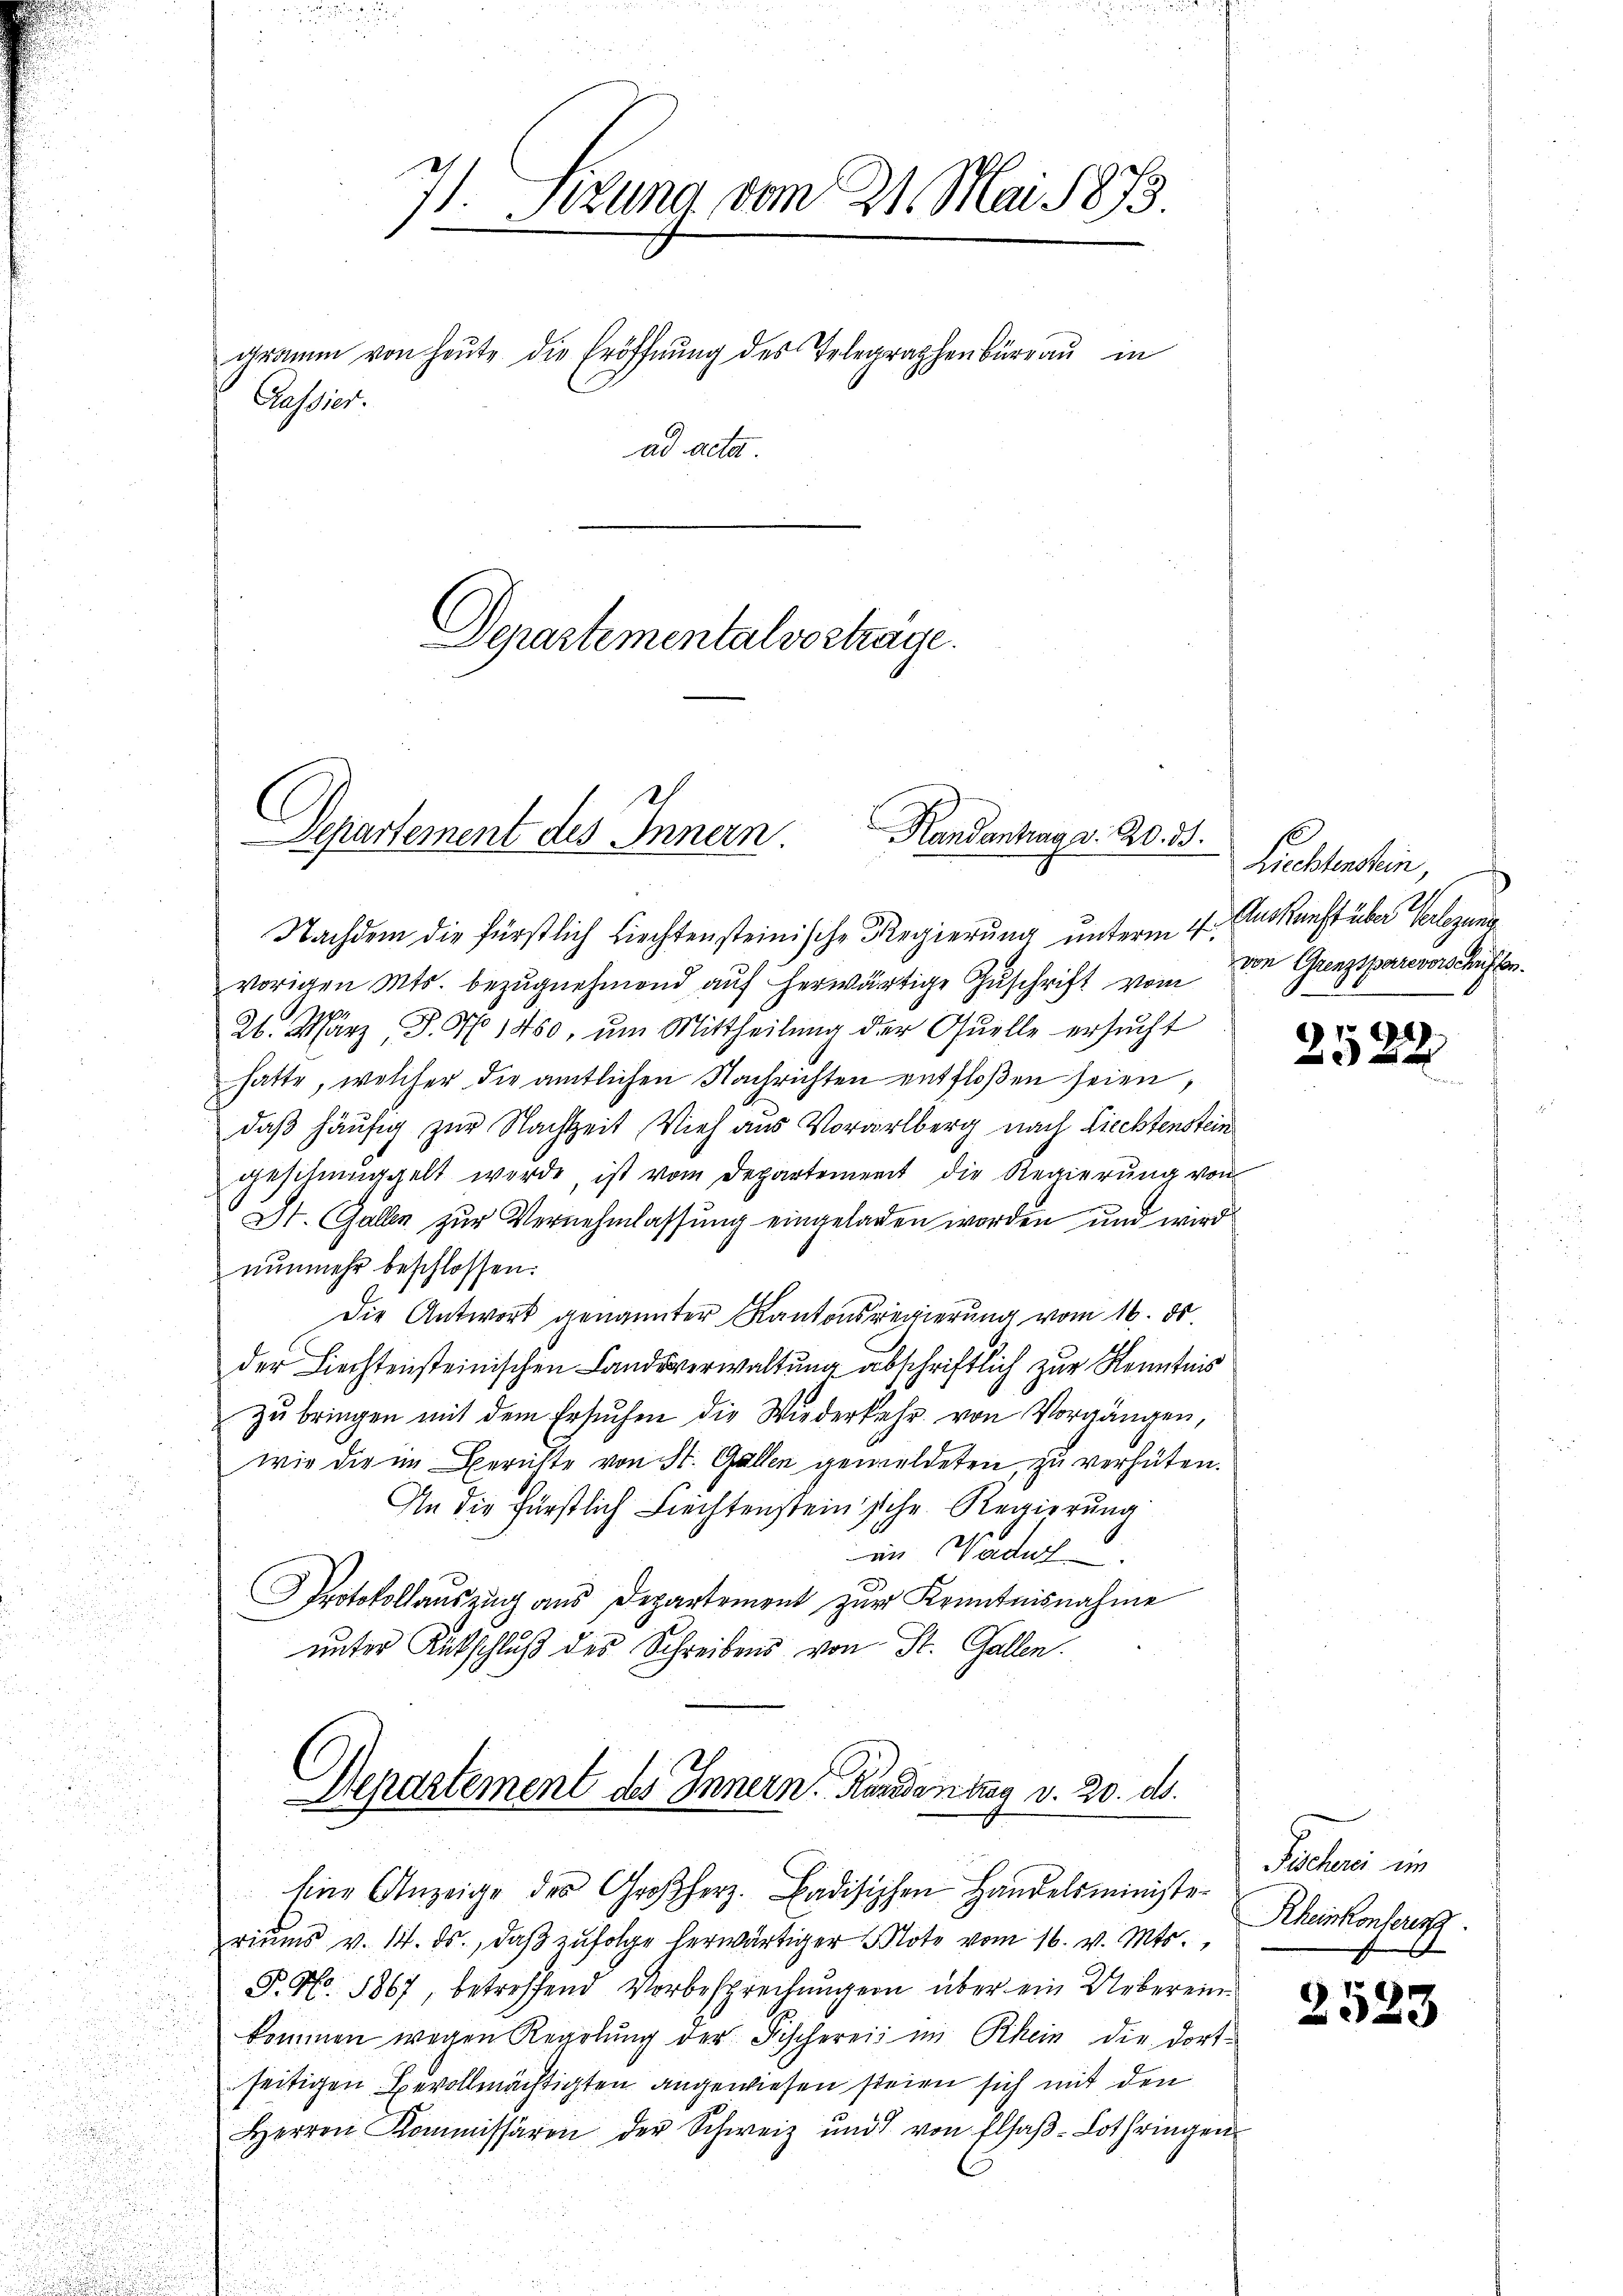
7) Sizung vom 21. Mai 1873
1

gramm von heŭte die Eröffnŭng des Telegraphenbüreaŭ in
Passiert.
ad acta.

Departementalvortrage.

Departement des Innern Randantrag v. 20. 35.

Nachdem die fürstlich liechtensteinische Regierung unterm 4.
vorigen Mts. bezŭgnehmend aŭf herwärtige Zŭschrift vom von Grenzsperrevorschafter.
p
21. März, P. N 1450, um Mittheilung der Quelle ersucht
hatte, welcher die amtlichen Nachrichten entfloßen seien,
daß häufig zur Nachtzeit, Vieh aus Vorarlberg nach Liechtenstein
geschmuggelt werde, ist vom Departement die Regierŭng von
St. Gallen zur Vernehmlassung eingeladen worden und wird
nunmehr beschlossen:
Die Antwort genannter Kantonsregierung vom 16. ds.
der Liechtensteinischen Landsverwaltung abschriftlich zur Kenntnis
zŭbringen mit dem Ersuchen die Wiederkehr von Vorgängen,
wie die im Berichte von St. Gallen gemeldeten, zu verhüten.
An die Fürstlich Liechtensteinsche Regierung
in Wadut
Protokollauszug aus Departement zur Kenntnisnahme
unter Rutschluß des Schreibens von St. Gallen.

Departement des Innern. Kundentag v. 20. ds.
Eine Anzeige des Großherz. Badischen Handelsministe-

riŭms v. 14. ds., daβ zŭfolge herwärtiger Note vom 16. v. Mts.,
P. Nr. 1867, betreffend Vorbesprechungen über ein Uebereinkommen wegen Regelŭng der Fischerei im Rhein die dortseitigen Bevollmächtigten angewiesen steien sich mit den
Herren Kommissären der Schweiz und von Elsaβ-Lothringen

Liechtenstein,
Auskunft über Verlegung

2522

Pechani im
Rheinkonferis

2523